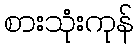
စားသုံးကုန်